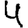
Digit: 4